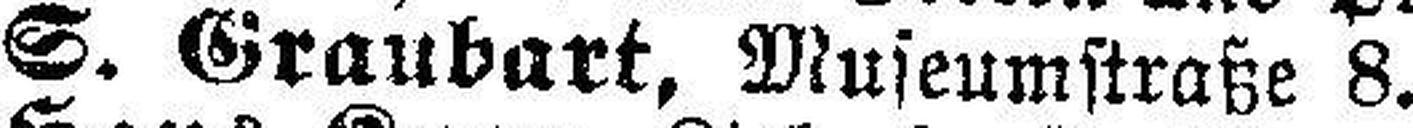
S. Graubart, Museumstraße 8.